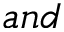
a n d